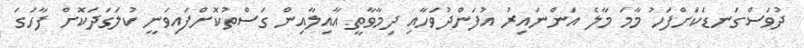
ދުވަސްގަނޑަކަށްފަހު މާމަ މާލެ އަންނައިރު އުފަންދުވަހާއި ދިމާވާތީ އާއިލާއިން ގަސްތުކޮށްފައިވަނީ ކުލަގަދަކޮށް ފާހަގަ